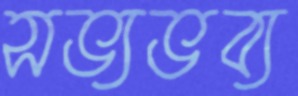
সভ্যভব্য